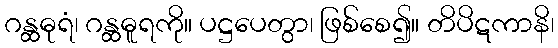
ဂန္ထဓုရံ၊ ဂန္ထဓူရကို။ ပဋ္ဌပေတွာ၊ ဖြစ်စေ၍။ တိပိဋကာနိ၊